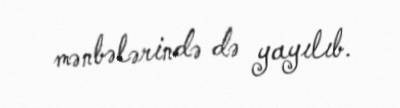
mənbələrində də yayılıb.